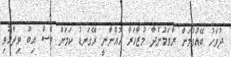
ދުވަހު ބޭއްވުމަށް ރާވަމުންދާ މުޒާހަރާ އޮއްނާނީ ރޭގަނޑު ކަމަށް ވެސް އިބޫ ވިދާޅުވި